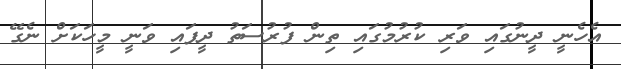
އެހެނީ ދީނުގައި ވަރި ކުރުމުގައި ތިން ފުރުސަތު ދީފައި ވަނީ މީހަކަށް ނެގޭ